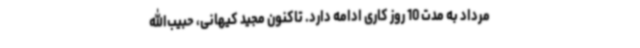
مرداد به مدت 10 روز کاری ادامه دارد. تاکنون مجید کیهانی، حبیب‌الله